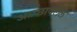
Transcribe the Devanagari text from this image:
अाच्छादलेले